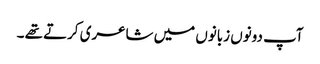
آپ دونوں زبانوں میں شاعری کرتے تھے ۔